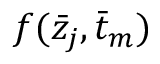
f ( \bar { z } _ { j } , \bar { t } _ { m } )